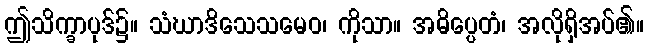
ဤသိက္ခာပုဒ်၌။ သံဃာဒိသေသမေဝ၊ ကိုသာ။ အဓိပ္ပေတံ၊ အလိုရှိအပ်၏။